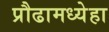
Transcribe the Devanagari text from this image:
प्रौढामध्येहा